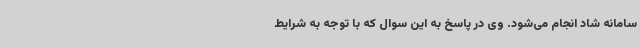
سامانه شاد انجام می‌شود. وی در پاسخ به این سوال که با توجه به شرایط